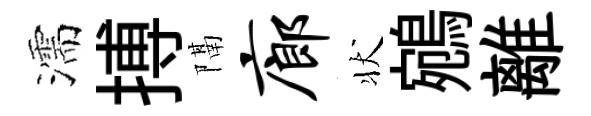
濡搏隔廊状鵷離